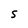
Character: S